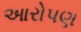
આરોપણ